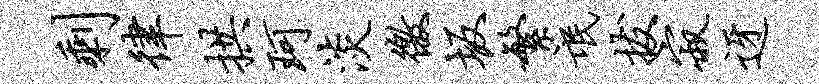
剩律拱珂淡徼坂繁氓拔寂迓